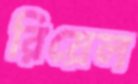
রিয়েল